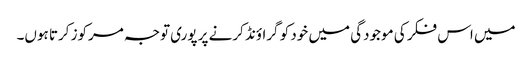
میں اس فکر کی موجودگی میں خود کو گراؤنڈ کرنے پر پوری توجہ مرکوز کرتا ہوں۔